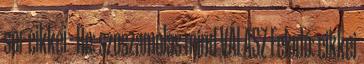
sor cikkei - Re: szoszamolas mind VÁLASZ Feladó: cikkei